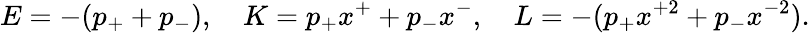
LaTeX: E=-(p_{+}+p_{-}),~~~~K=p_{+}x^{+}+p_{-}x^{-},~~~~L=-(p_{+}x^{+2}+p_{-}x^{-2}).